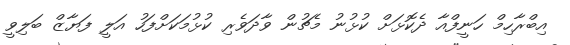
އިބްރާހިމް ހަނީފްއާ ދެކޮޅަށް ކުޅުނު މެޗުން ވާދަވެރި ކުޅުމަކަށްފަހު އަލީ ފަޔާޒް ބަލިވީ